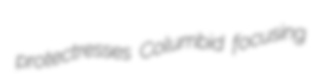
protectresses Columbid focusing